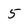
Character: 5